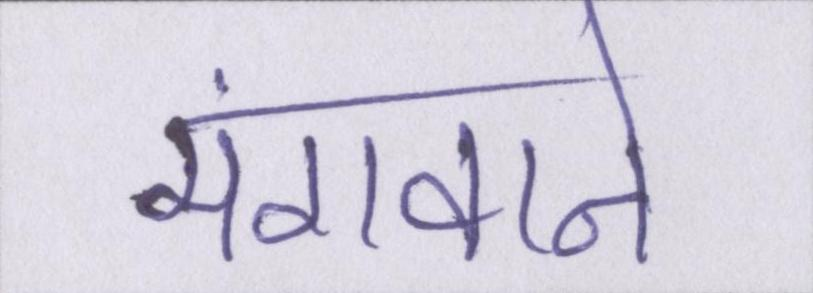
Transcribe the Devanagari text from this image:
मंगवाने